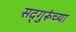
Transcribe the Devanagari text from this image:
सद्‍गुरूंच्या